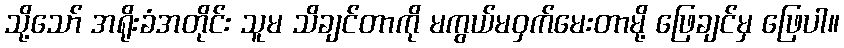
သို့သော် အရိုးခံအတိုင်း သူမ သိချင်တာကို မကွယ်မဝှက်မေးတာမို့ ဖြေချင်မှ ဖြေပါ။